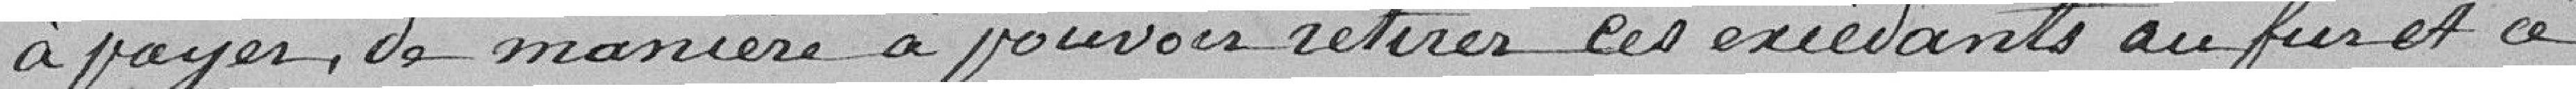
à payer de manière à pouvoir retirer ces excédants au fur et à